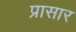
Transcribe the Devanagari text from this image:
प्रासार